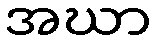
အဃာ